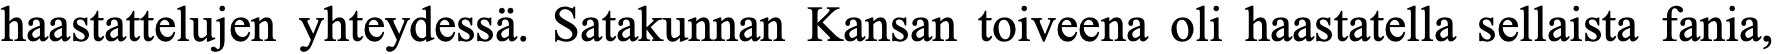
haastattelujen yhteydessä. Satakunnan Kansan toiveena oli haastatella sellaista fania,